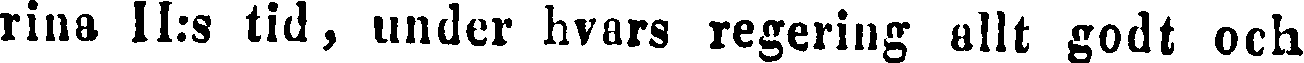
rina II:s tid, under hvars regering allt godt och